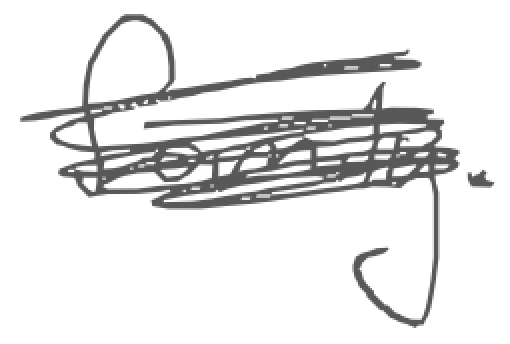
Text: family.
Cross-out: scratch
Writing tool: digital_gray